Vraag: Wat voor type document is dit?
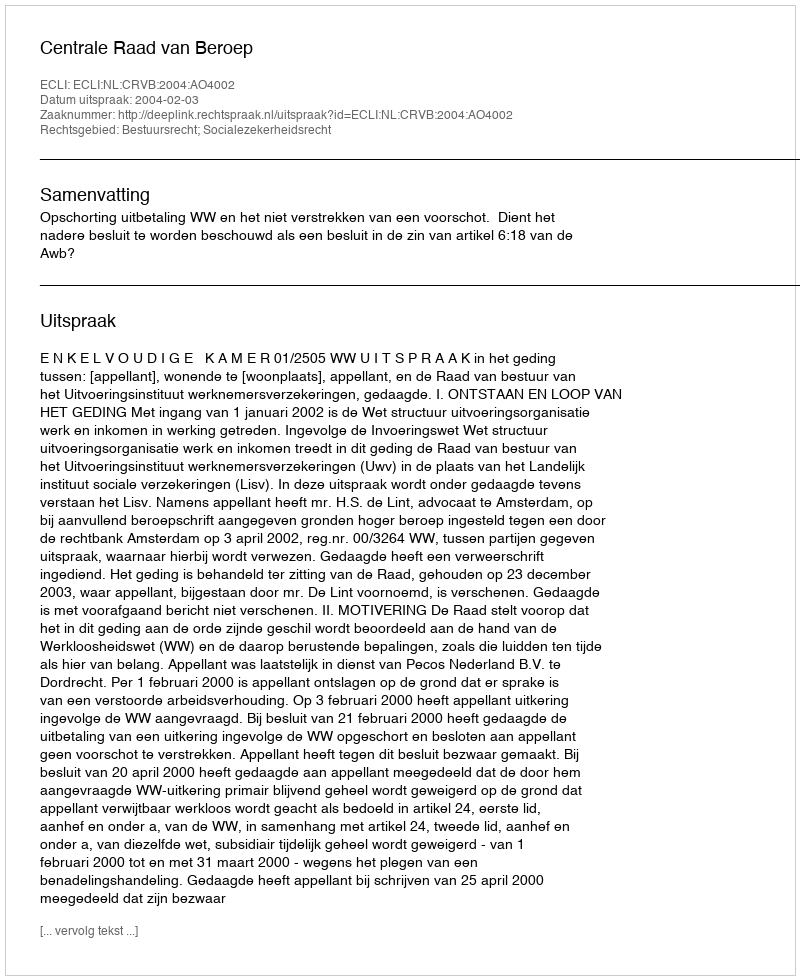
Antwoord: Uitspraak